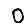
Digit: 0